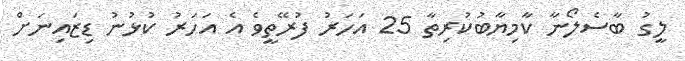
ލީގު ބާސެލޯނާ ކާމިޔާބުކުރިތާ 25 އަހަރު ފުރޭތީވެ އެ އަހަރު ކުޅުނު ޑިޒައިނަށް